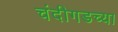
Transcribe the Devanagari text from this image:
चंदीगडच्या